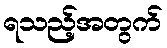
ရသည့်အတွက်